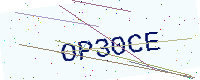
Text: OP30CE